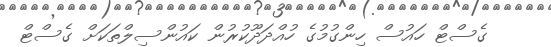
ގެސްޓް ހައުސް ހިންގުމުގެ ހުއްދަދޫކުރުން ކައުންސިލްތަކަށް ގެސްޓް